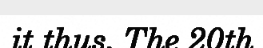
it thus. The 20th